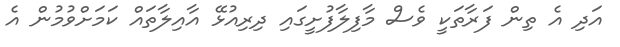
އަދި އެ ތިން ފަރާތަކީ ވެސް މާފިލާފުށީގައި ދިރިއުޅޭ އާއިލާތައް ކަމަށްވުމުން އެ